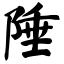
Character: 陲